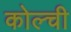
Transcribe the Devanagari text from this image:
कोल्ची